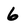
Character: 6